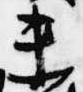
未